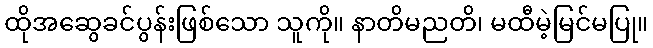
ထိုအဆွေခင်ပွန်းဖြစ်သော သူကို။ နာတိမညတိ၊ မထီမဲ့မြင်မပြု။